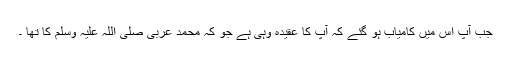
جب آپ اس میں کامیاب ہو گئے کہ آپ کا عقیدہ وہی ہے جو کہ محمد عربی صلی اللہ علیہ وسلم کا تھا ۔